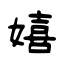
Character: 嬉